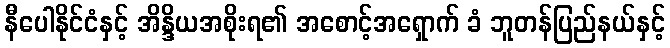
နီပေါနိုင်ငံနှင့် အိန္ဒိယအစိုးရ၏ အစောင့်အရှောက် ခံ ဘူတန်ပြည်နယ်နှင့်